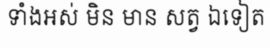
ទាំងអស់ មិន មាន សត្វ ឯទៀត